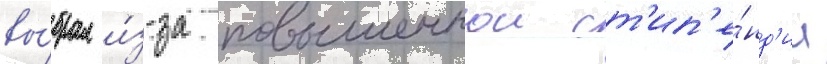
вы́брал и́з-за повышеннои ст'ип'е́нд'ии